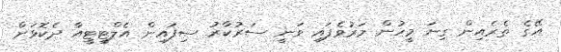
އޭގެ ތެރެއިން ގިނަ މީހުން މަރުވެފައި ވަނީ ސަރުކާރު ސިފައިން އެލްޓީޓީއާ ދެކޮޅަށް